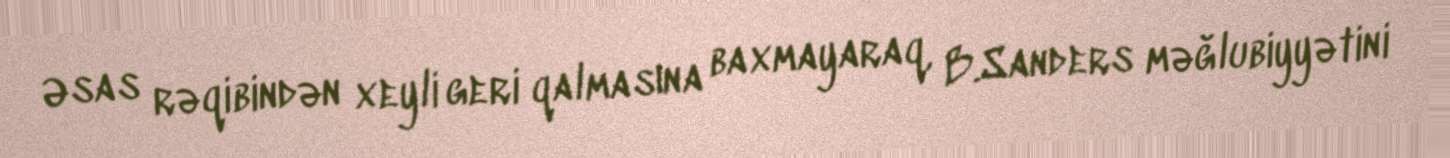
Əsas rəqibindən xeyli geri qalmasına baxmayaraq, B.Sanders məğlubiyyətini